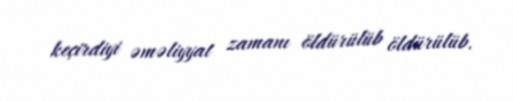
keçirdiyi əməliyyat zamanı öldürülüb öldürülüb.